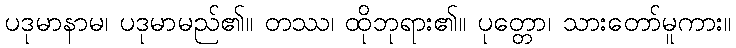
ပဒုမာနာမ၊ ပဒုမာမည်၏။ တဿ၊ ထိုဘုရား၏။ ပုတ္တော၊ သားတော်မူကား။